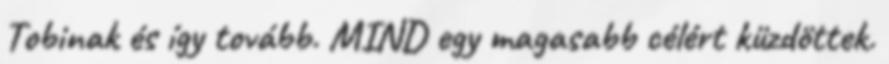
Tobinak és így tovább. MIND egy magasabb célért küzdöttek.